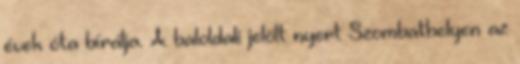
évek óta bírálja. A baloldali jelölt nyert Szombathelyen az